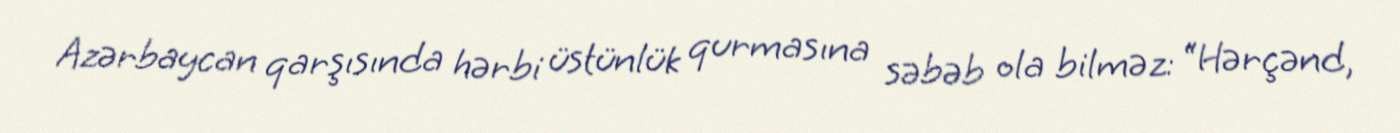
Azərbaycan qarşısında hərbi üstünlük qurmasına səbəb ola bilməz: “Hərçənd,